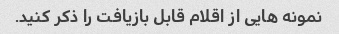
نمونه هایی از اقلام قابل بازیافت را ذکر کنید.